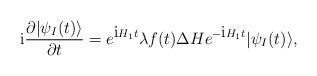
LaTeX: \begin{align*}\mbox{i}\frac{\partial|\psi_I(t)\rangle}{\partial t}=e^{\mbox{i}H_1t}\lambda f(t)\Delta He^{-\mbox{i}H_1t}|\psi_I(t)\rangle,\end{align*}